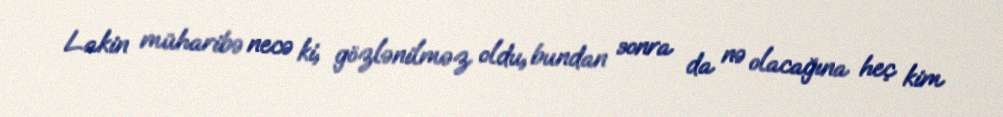
Lakin müharibə necə ki, gözlənilməz oldu, bundan sonra da nə olacağına heç kim